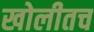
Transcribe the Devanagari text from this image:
खोलीतच